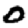
Digit: 0